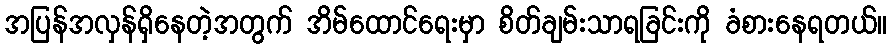
အပြန်အလှန်ရှိနေတဲ့အတွက် အိမ်ထောင်ရေးမှာ စိတ်ချမ်းသာရခြင်းကို ခံစားနေရတယ်။